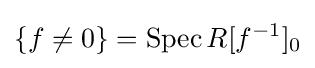
\{f\neq 0\}=\operatorname {Spec} R[f^{-1}]_{0}